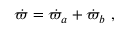
\dot { \varpi } = \dot { \varpi } _ { a } + \dot { \varpi } _ { b } \ ,